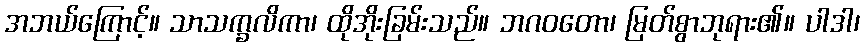
အဘယ်ကြောင့်။ သာသက္ခလိကာ၊ ထိုအိုးခြမ်းသည်။ ဘဂဝတော၊ မြတ်စွာဘုရား၏။ ပါဒါ၊